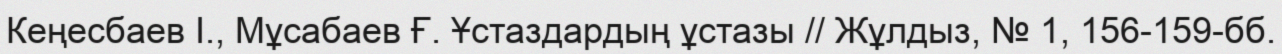
Кеңесбаев І., Мұсабаев Ғ. Ұстаздардың ұстазы // Жұлдыз, № 1, 156-159-бб.